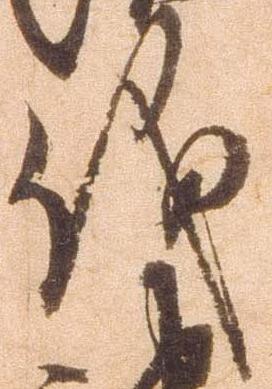
儀